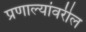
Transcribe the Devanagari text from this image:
प्रणाल्यांवरील